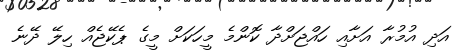
އަދި އުމުރާ އަށާއި ހައްޖަށްދާ ކޮންމެ މީހަކަށް މީގެ ޕެކޭޖެއް ހިލޭ ދޭނެ